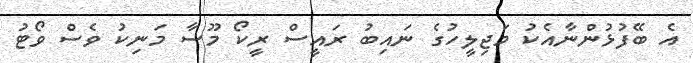
އެ ބޭފުޅުންނާއެކު މަޖިލީހުގެ ނައިބު ރައީސް ރީކޯ މޫސާ މަނިކު ވެސް ވޯޓު